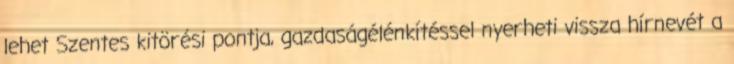
lehet Szentes kitörési pontja, gazdaságélénkítéssel nyerheti vissza hírnevét a